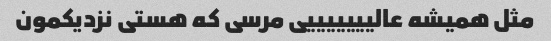
مثل همیشه عالیییییییی مرسی که هستی نزدیکمون